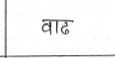
मजकूर: वाढ